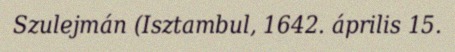
Szulejmán (Isztambul, 1642. április 15.